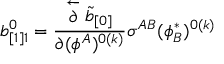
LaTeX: b _ { [ 1 ] 1 } ^ { 0 } = { \frac { \stackrel { \leftarrow } { \partial } \tilde { b } _ { [ 0 ] } } { \partial ( \phi ^ { A } ) ^ { 0 ( k ) } } } \sigma ^ { A B } ( \phi _ { B } ^ { * } ) ^ { 0 ( k ) }